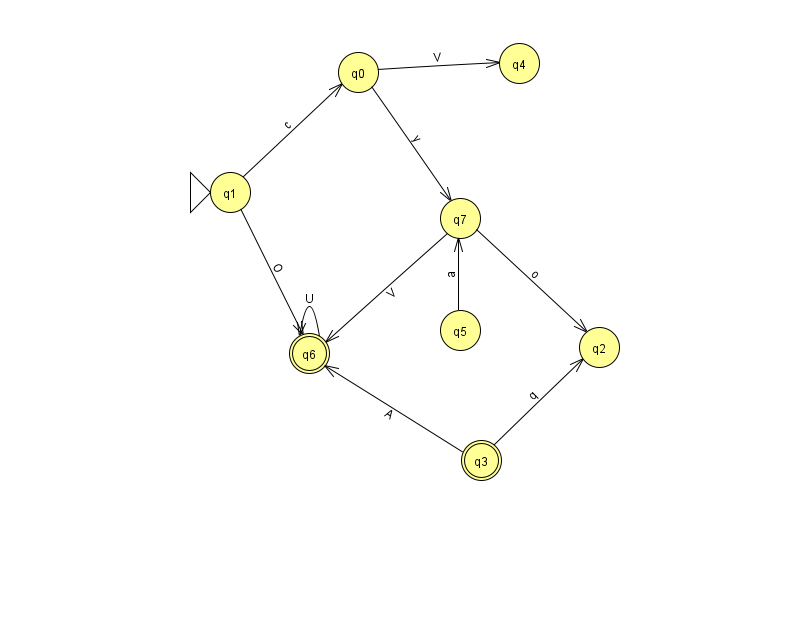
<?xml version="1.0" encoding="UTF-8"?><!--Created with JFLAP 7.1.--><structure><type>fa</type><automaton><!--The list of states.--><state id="0" name="q0"><x>358.0</x><y>59.0</y></state><state id="1" name="q1"><x>230.0</x><y>179.0</y><initial/></state><state id="2" name="q2"><x>599.0</x><y>334.0</y></state><state id="3" name="q3"><x>481.0</x><y>447.0</y><final/></state><state id="4" name="q4"><x>519.0</x><y>50.0</y></state><state id="5" name="q5"><x>460.0</x><y>317.0</y></state><state id="6" name="q6"><x>309.0</x><y>340.0</y><final/></state><state id="7" name="q7"><x>460.0</x><y>205.0</y></state><!--The list of transitions.--><transition><from>3</from><to>6</to><read>A</read></transition><transition><from>7</from><to>6</to><read>V</read></transition><transition><from>5</from><to>7</to><read>a</read></transition><transition><from>1</from><to>6</to><read>O</read></transition><transition><from>6</from><to>6</to><read>U</read></transition><transition><from>7</from><to>2</to><read>o</read></transition><transition><from>1</from><to>0</to><read>c</read></transition><transition><from>0</from><to>7</to><read>y</read></transition><transition><from>3</from><to>2</to><read>q</read></transition><transition><from>0</from><to>4</to><read>V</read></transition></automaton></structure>